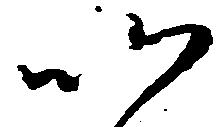
以